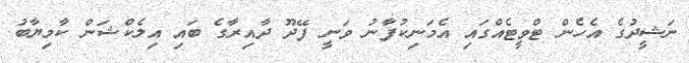
ނަޝީދުގެ އެހެން ޓްވީޓެއްގައި އެމަނިކުފާނު ވަނީ ފޭދޫ ދާއިރާގެ ބައި އިލެކްޝަން ކާމިޔާބު